Mental hospitals Bombay report 1921-28 - 1921-1928
Year: 1921
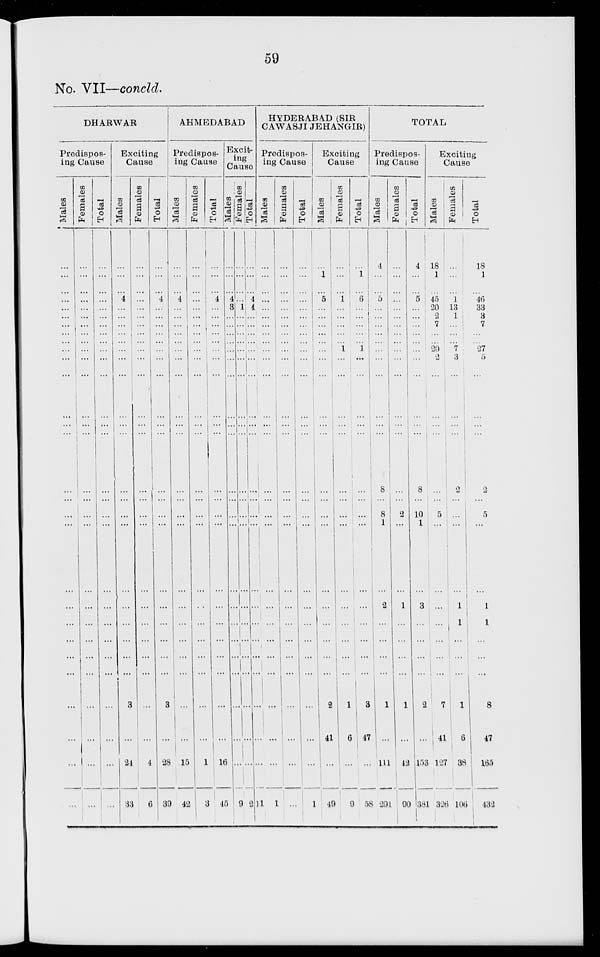
59
No. VII—concld.
DHARWAR
Predispos-
ing Cause
Males
...
...
...
...
...
...
...
...
...
...
...
...
...
...
...
...
...
...
...
...
...
...
...
...
...
...
Females
...
...
...
...
...
...
...
...
...
...
...
...
...
...
...
...
...
...
...
...
...
...
...
...
...
...
Total
...
...
...
...
...
...
...
...
...
...
...
...
...
...
...
...
...
...
...
...
...
...
...
...
...
...
Exciting
Cause
Males
...
...
...
4
...
...
...
...
...
...
...
...
...
...
...
...
...
...
...
...
...
...
...
3
...
24
...
Females
...
...
...
...
...
...
...
...
...
...
...
...
...
...
...
...
...
...
...
...
...
...
...
...
...
4
33
Total
...
...
...
4
...
...
...
...
...
...
...
...
...
...
...
...
...
...
...
...
...
...
...
3
...
28
6
AHMEDABAD
Predispos-
ing Cause
Males
...
...
...
4
...
...
...
...
...
...
...
...
...
...
...
...
...
...
...
...
...
...
...
...
...
15
39
Females
...
...
...
...
...
...
...
...
...
...
...
...
...
...
...
...
...
...
...
...
...
...
...
...
...
1
42
Total
...
...
...
4
...
...
...
...
...
...
...
...
...
...
...
...
...
...
...
...
...
...
...
...
...
16
3
Excit-
ing
Cause
Males
...
...
...
4
3
...
...
...
...
...
...
...
...
...
...
...
...
...
...
...
...
...
...
...
...
...
45
Females
...
...
...
...
1
...
...
...
...
...
...
...
...
...
...
...
...
...
...
...
...
...
...
...
...
...
9
Total
...
...
...
4
4
...
...
...
...
...
...
...
...
...
...
...
...
...
...
...
...
...
...
...
...
...
2
HYDERABAD (SIR
CAWASJI JEHANGIR)
Predispos-
ing Cause
Males
...
...
...
...
...
...
...
...
...
...
...
...
...
...
...
...
...
...
...
...
...
...
...
...
...
...
11
Females
...
...
...
...
...
...
...
...
...
...
...
...
...
...
...
...
...
...
...
...
...
...
...
...
...
...
1
Total
...
...
...
...
...
...
...
...
...
...
...
...
...
...
...
...
...
...
...
...
...
...
...
...
...
...
1
Exciting
Cause
Males
...
1
...
5
...
...
...
...
...
...
...
...
...
...
...
...
...
...
...
...
...
...
...
2
41
...
49
Females
...
...
...
1
...
...
...
...
1
...
...
...
...
...
...
...
...
...
...
...
...
...
...
1
6
...
9
Total
...
1
...
6
...
...
...
...
1
...
...
...
...
...
...
...
...
...
...
...
...
...
...
3
47
...
38
TOTAL
Predispos-
ing Cause
Males
4
...
...
5
...
...
...
...
...
...
...
...
...
8
...
8
1
...
2
...
...
...
...
1
...
111
291
Females
...
...
...
...
...
...
...
...
...
...
...
...
...
...
...
2
...
...
1
...
...
...
...
1
...
42
90
Total
4
...
...
5
...
...
...
...
...
...
...
...
...
8
...
10
1
...
3
...
...
...
...
2
...
153
381
Exciting
Cause
Males
18
1
...
45
20
2
7
...
20
2
...
...
...
...
...
5
...
...
...
...
...
...
...
7
41
127
326
Females
...
...
...
1
13
1
...
...
7
3
...
...
...
...
...
...
...
...
1
1
...
...
...
1
6
38
106
Total
18
1
...
46
33
3
7
...
27
5
...
...
...
...
...
5
...
...
1
1
...
...
...
8
47
165
432